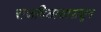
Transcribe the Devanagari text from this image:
राजविलासापासून